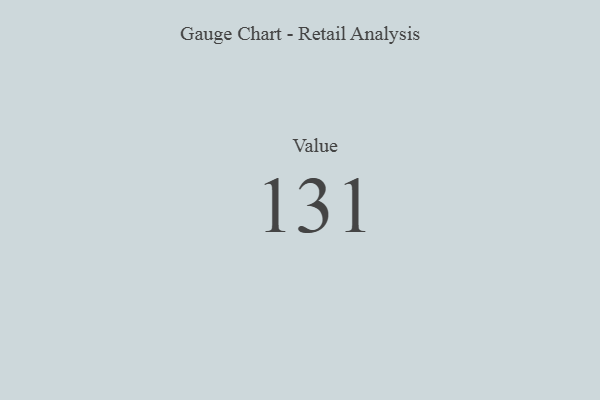
{"axis": {"x": "Metric", "y": "Value"}, "legend": [""], "data": [{"x": "Value", "y": 131, "type": ""}]}